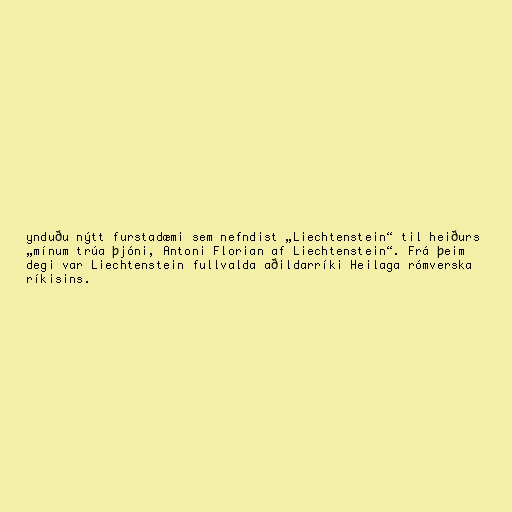
ynduðu nýtt furstadæmi sem nefndist „Liechtenstein“ til heiðurs
„mínum trúa þjóni, Antoni Florian af Liechtenstein“. Frá þeim
degi var Liechtenstein fullvalda aðildarríki Heilaga rómverska
ríkisins.